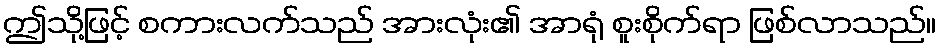
ဤသို့ဖြင့် စကားလက်သည် အားလုံး၏ အာရုံ စူးစိုက်ရာ ဖြစ်လာသည်။